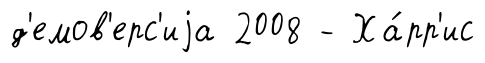
д'емов'ерс'иjа 2008 - Ха́рр'ис